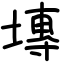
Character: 塼